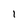
Character: I